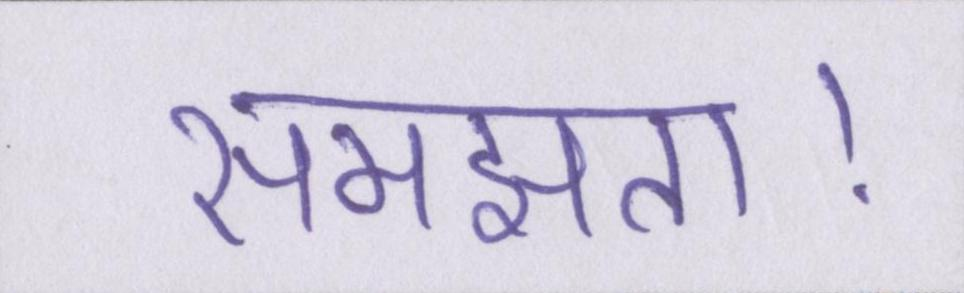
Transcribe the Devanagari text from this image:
समझता।